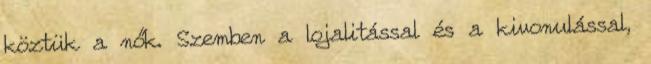
köztük a nők. Szemben a lojalitással és a kivonulással,